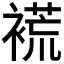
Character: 𲀽